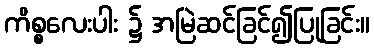
ကိစ္စလေးပါး ၌ အမြဲဆင်ခြင်၍ပြုခြင်း။